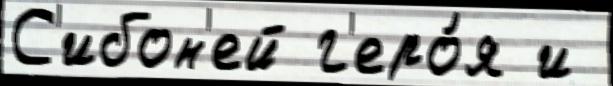
С'ибон'ей г'еро́я и